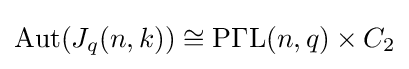
\operatorname {Aut} (J_{q}(n,k))\cong \operatorname {P\Gamma L} (n,q)\times C_{2}